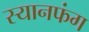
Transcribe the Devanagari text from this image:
स्यानफंग